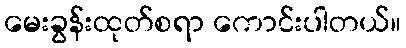
မေးခွန်းထုတ်စရာ ကောင်းပါတယ်။